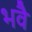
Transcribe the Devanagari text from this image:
भवै